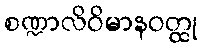
စဏ္ဍာလိဝိမာနဝတ္ထု